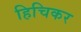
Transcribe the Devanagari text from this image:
हिचिकर